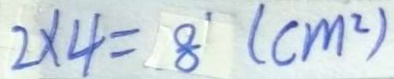
2 \times 4 = 8 ( c m ^ { 2 } )